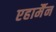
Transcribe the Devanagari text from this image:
एहार्मैन